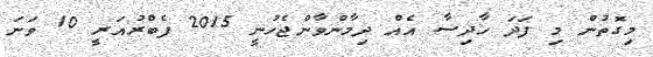
މިގޮތުން މި ފަދަ ހާދިސާ އެއް ދިމާންވާންޖެހުނީ 2015 ފެބްރުއަރީ 10 ވަނަ